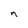
Character: n